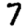
Digit: 7